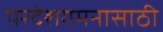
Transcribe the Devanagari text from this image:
परदेशगमनासाठी